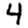
Digit: 4